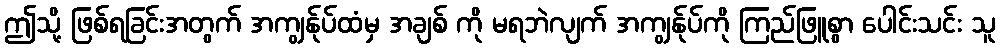
ဤသို့ ဖြစ်ရခြင်းအတွက် အကျွန်ုပ်ထံမှ အချစ် ကို မရဘဲလျက် အကျွန်ုပ်ကို ကြည်ဖြူစွာ ပေါင်းသင်း သူ